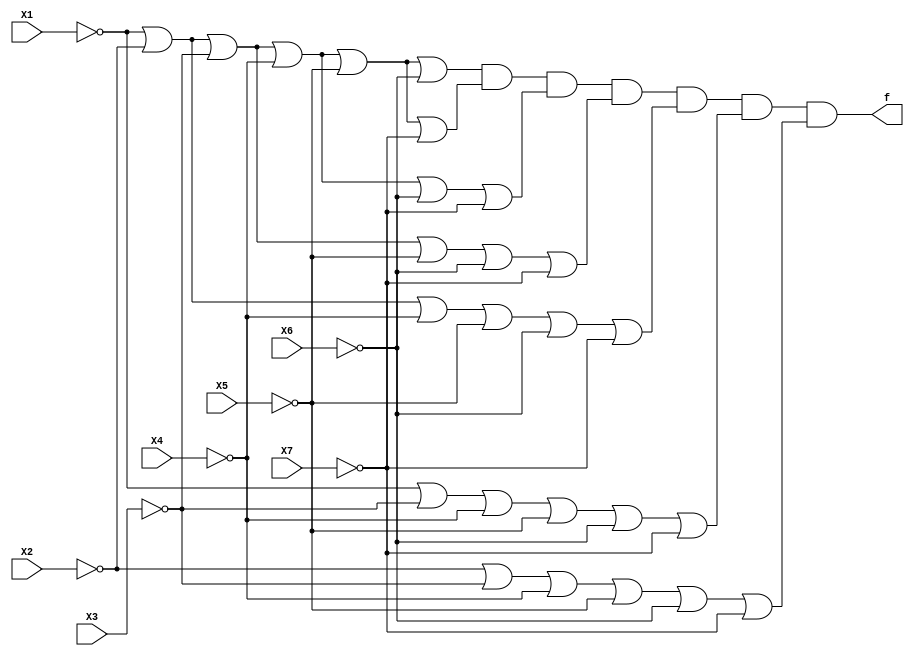
module SevenSensorPOSContinuous(X1, X2, X3, X4, X5, X6, X7, f);
	input X1, X2, X3, X4, X5, X6, X7;
	wire or1, or2, or3, or4, or5, or6, or7;
	output f;
	
	assign or1 = ~X1 | ~X2 | ~X3 | ~X4 | ~X5 | ~X6;
	assign or2 = ~X1 | ~X2 | ~X3 | ~X4 | ~X5 | ~X7;
	assign or3 = ~X1 | ~X2 | ~X3 | ~X4 | ~X6 | ~X7;
	assign or4 = ~X1 | ~X2 | ~X3 | ~X5 | ~X6 | ~X7;
	assign or5 = ~X1 | ~X2 | ~X4 | ~X5 | ~X6 | ~X7;
	assign or6 = ~X1 | ~X3 | ~X4 | ~X5 | ~X6 | ~X7;
	assign or7 = ~X2 | ~X3 | ~X4 | ~X5 | ~X6 | ~X7;
	
	assign f = or1 & or2 & or3 & or4 & or5 & or6 & or7;
endmodule